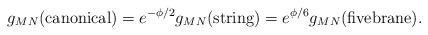
LaTeX: \begin{align*}{g_{MN} ({\rm canonical}) = e^{-\phi/2} g_{MN}({\rm string}) =e^{\phi/6} g_{MN}({\rm fivebrane}).}\end{align*}